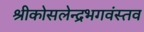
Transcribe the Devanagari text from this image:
श्रीकोसलेन्द्रभगवंस्तव